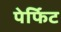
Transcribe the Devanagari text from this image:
पेर्फिट